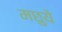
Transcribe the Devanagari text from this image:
मछुये